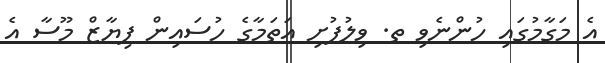
އެ މަގާމުގައި ހުންނެވި ތ. ވިލުފުށި އަތަމާގެ ހުސައިން ފިޔާޒް މޫސާ އެ